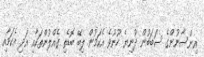
އިންސާނުންގެ ސަބަބުން ދުނިޔެ ހޫނުވެ އެކަމުން ލިބޭ ބޮޑެތި ގެއްލުންތަކާއި އަދި އެކަމާއި